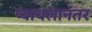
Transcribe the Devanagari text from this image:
प्यायलानंतर